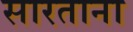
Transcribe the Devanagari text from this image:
सारताना